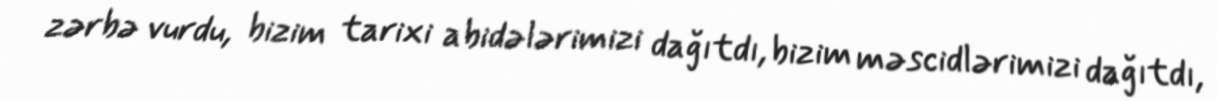
zərbə vurdu, bizim tarixi abidələrimizi dağıtdı, bizim məscidlərimizi dağıtdı,